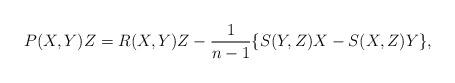
LaTeX: \begin{align*}P(X, Y)Z=R(X, Y)Z-\frac{1}{n-1}\{S(Y, Z)X-S(X, Z)Y\},\end{align*}